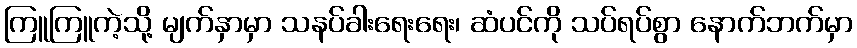
ကြူကြူကဲ့သို့ မျက်နှာမှာ သနပ်ခါးရေးရေး၊ ဆံပင်ကို သပ်ရပ်စွာ နောက်ဘက်မှာ